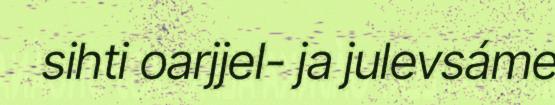
sihti oarjjel- ja julevsáme